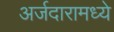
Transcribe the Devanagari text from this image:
अर्जदारामध्ये